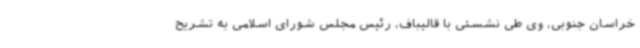
خراسان جنوبی، وی طی نشستی با قالیباف، رئیس مجلس شورای اسلامی به تشریح